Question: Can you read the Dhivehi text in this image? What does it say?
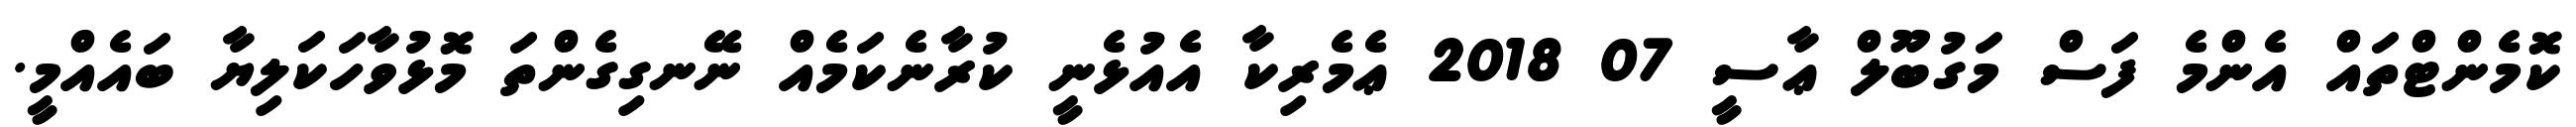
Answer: ކޮމެންޓްތައް އެންމެ ފަސް މަގުބޫލް ޢާސީ 07 2018 ޢެމެރިކާ އެއުޅެނީ ކުރާނެކަމެއް ނޭނގިގެންތަ މޮޅުވާހަކަލިޔާ ބައެއްމީ.